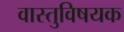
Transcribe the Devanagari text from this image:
वास्तुविषयक